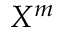
X ^ { m }